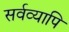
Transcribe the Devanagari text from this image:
सर्वव्यापि